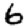
Digit: 6